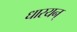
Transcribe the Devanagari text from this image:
धारयन्